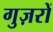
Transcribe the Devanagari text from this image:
गुज़रों